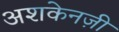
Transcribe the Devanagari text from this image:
अशकेनज़ी